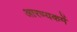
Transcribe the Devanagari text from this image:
आरण्यकमें